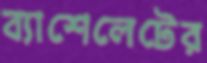
ব্যাশেলেটের